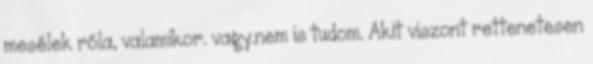
mesélek róla, valamikor. vagy.nem is tudom. Akit viszont rettenetesen